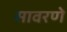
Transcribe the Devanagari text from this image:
सावरणे